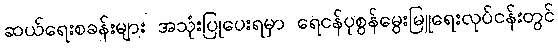
ဆယ်ရေးစခန်းများ အသုံးပြုပေးရမှာ ရေငန်ပုစွန်မွေးမြူရေးလုပ်ငန်းတွင်